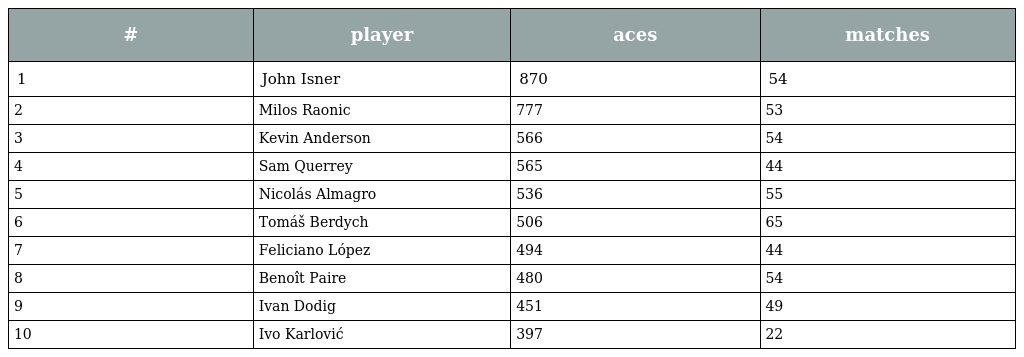
| # | player | aces | matches |
 | --- | --- | --- | --- |
 | 1 | John Isner | 870 | 54 |
 | 2 | Milos Raonic | 777 | 53 |
 | 3 | Kevin Anderson | 566 | 54 |
 | 4 | Sam Querrey | 565 | 44 |
 | 5 | Nicolás Almagro | 536 | 55 |
 | 6 | Tomáš Berdych | 506 | 65 |
 | 7 | Feliciano López | 494 | 44 |
 | 8 | Benoît Paire | 480 | 54 |
 | 9 | Ivan Dodig | 451 | 49 |
 | 10 | Ivo Karlović | 397 | 22 |